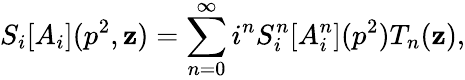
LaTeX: S_{i}[A_{i}](p^{2},\mathbf{z})=\sum_{n=0}^{\infty}i^{n}S_{i}^{n}[A_{i}^{n}](p^{2})T_{n}(\mathbf{z}),